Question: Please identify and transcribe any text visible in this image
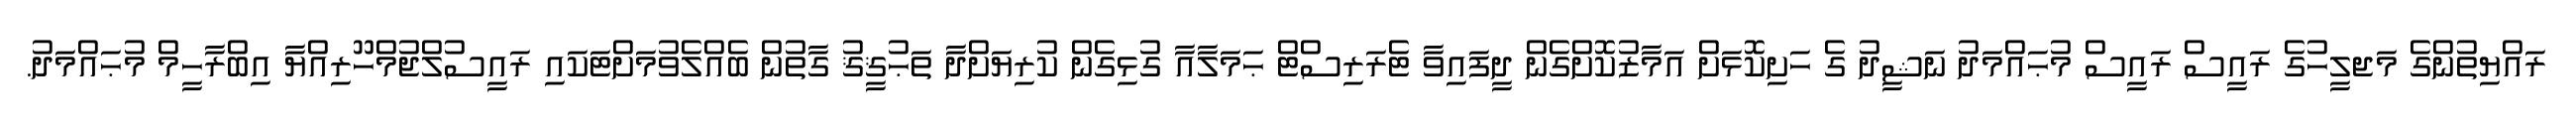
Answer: ރައްޔިތުންގެ މަޖލީހުގެ ރައީސް ރައީސް މުޙައްމަދު ނަޝީދު ގެ ހަށިކޮޅަށް އަމާޒުކޮށްގެން ދީފައިވާ ޓެރަރިސްޓް ޙަމަލާއާ ގުޅިގެން ކުރިޔަށްދާ ތަޙުޤީޤު ގާތުން ބެއްލެވުމަށްޓަކައި ރައީސުލްޖުމްހޫރިއްޔާ އިބްރާހީމް މުޙައްމަދު.